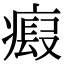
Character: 𤹱